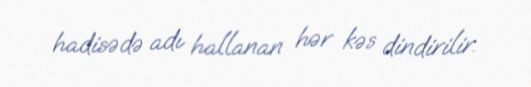
hadisədə adı hallanan hər kəs dindirilir.